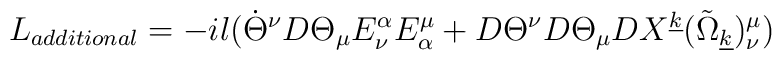
L_{additional}=-il({\dot{\Theta}}^{\nu}D\Theta_{\mu}E_{\nu}^{\alpha}E_{\alpha}^{\mu}+D\Theta^{\nu}D\Theta_{\mu}DX^{\underline{k}}({\tilde{\Omega}}_{\underline{k}})_{\nu}^{\mu})